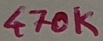
Text: 470K